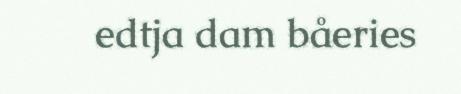
edtja dam båeries